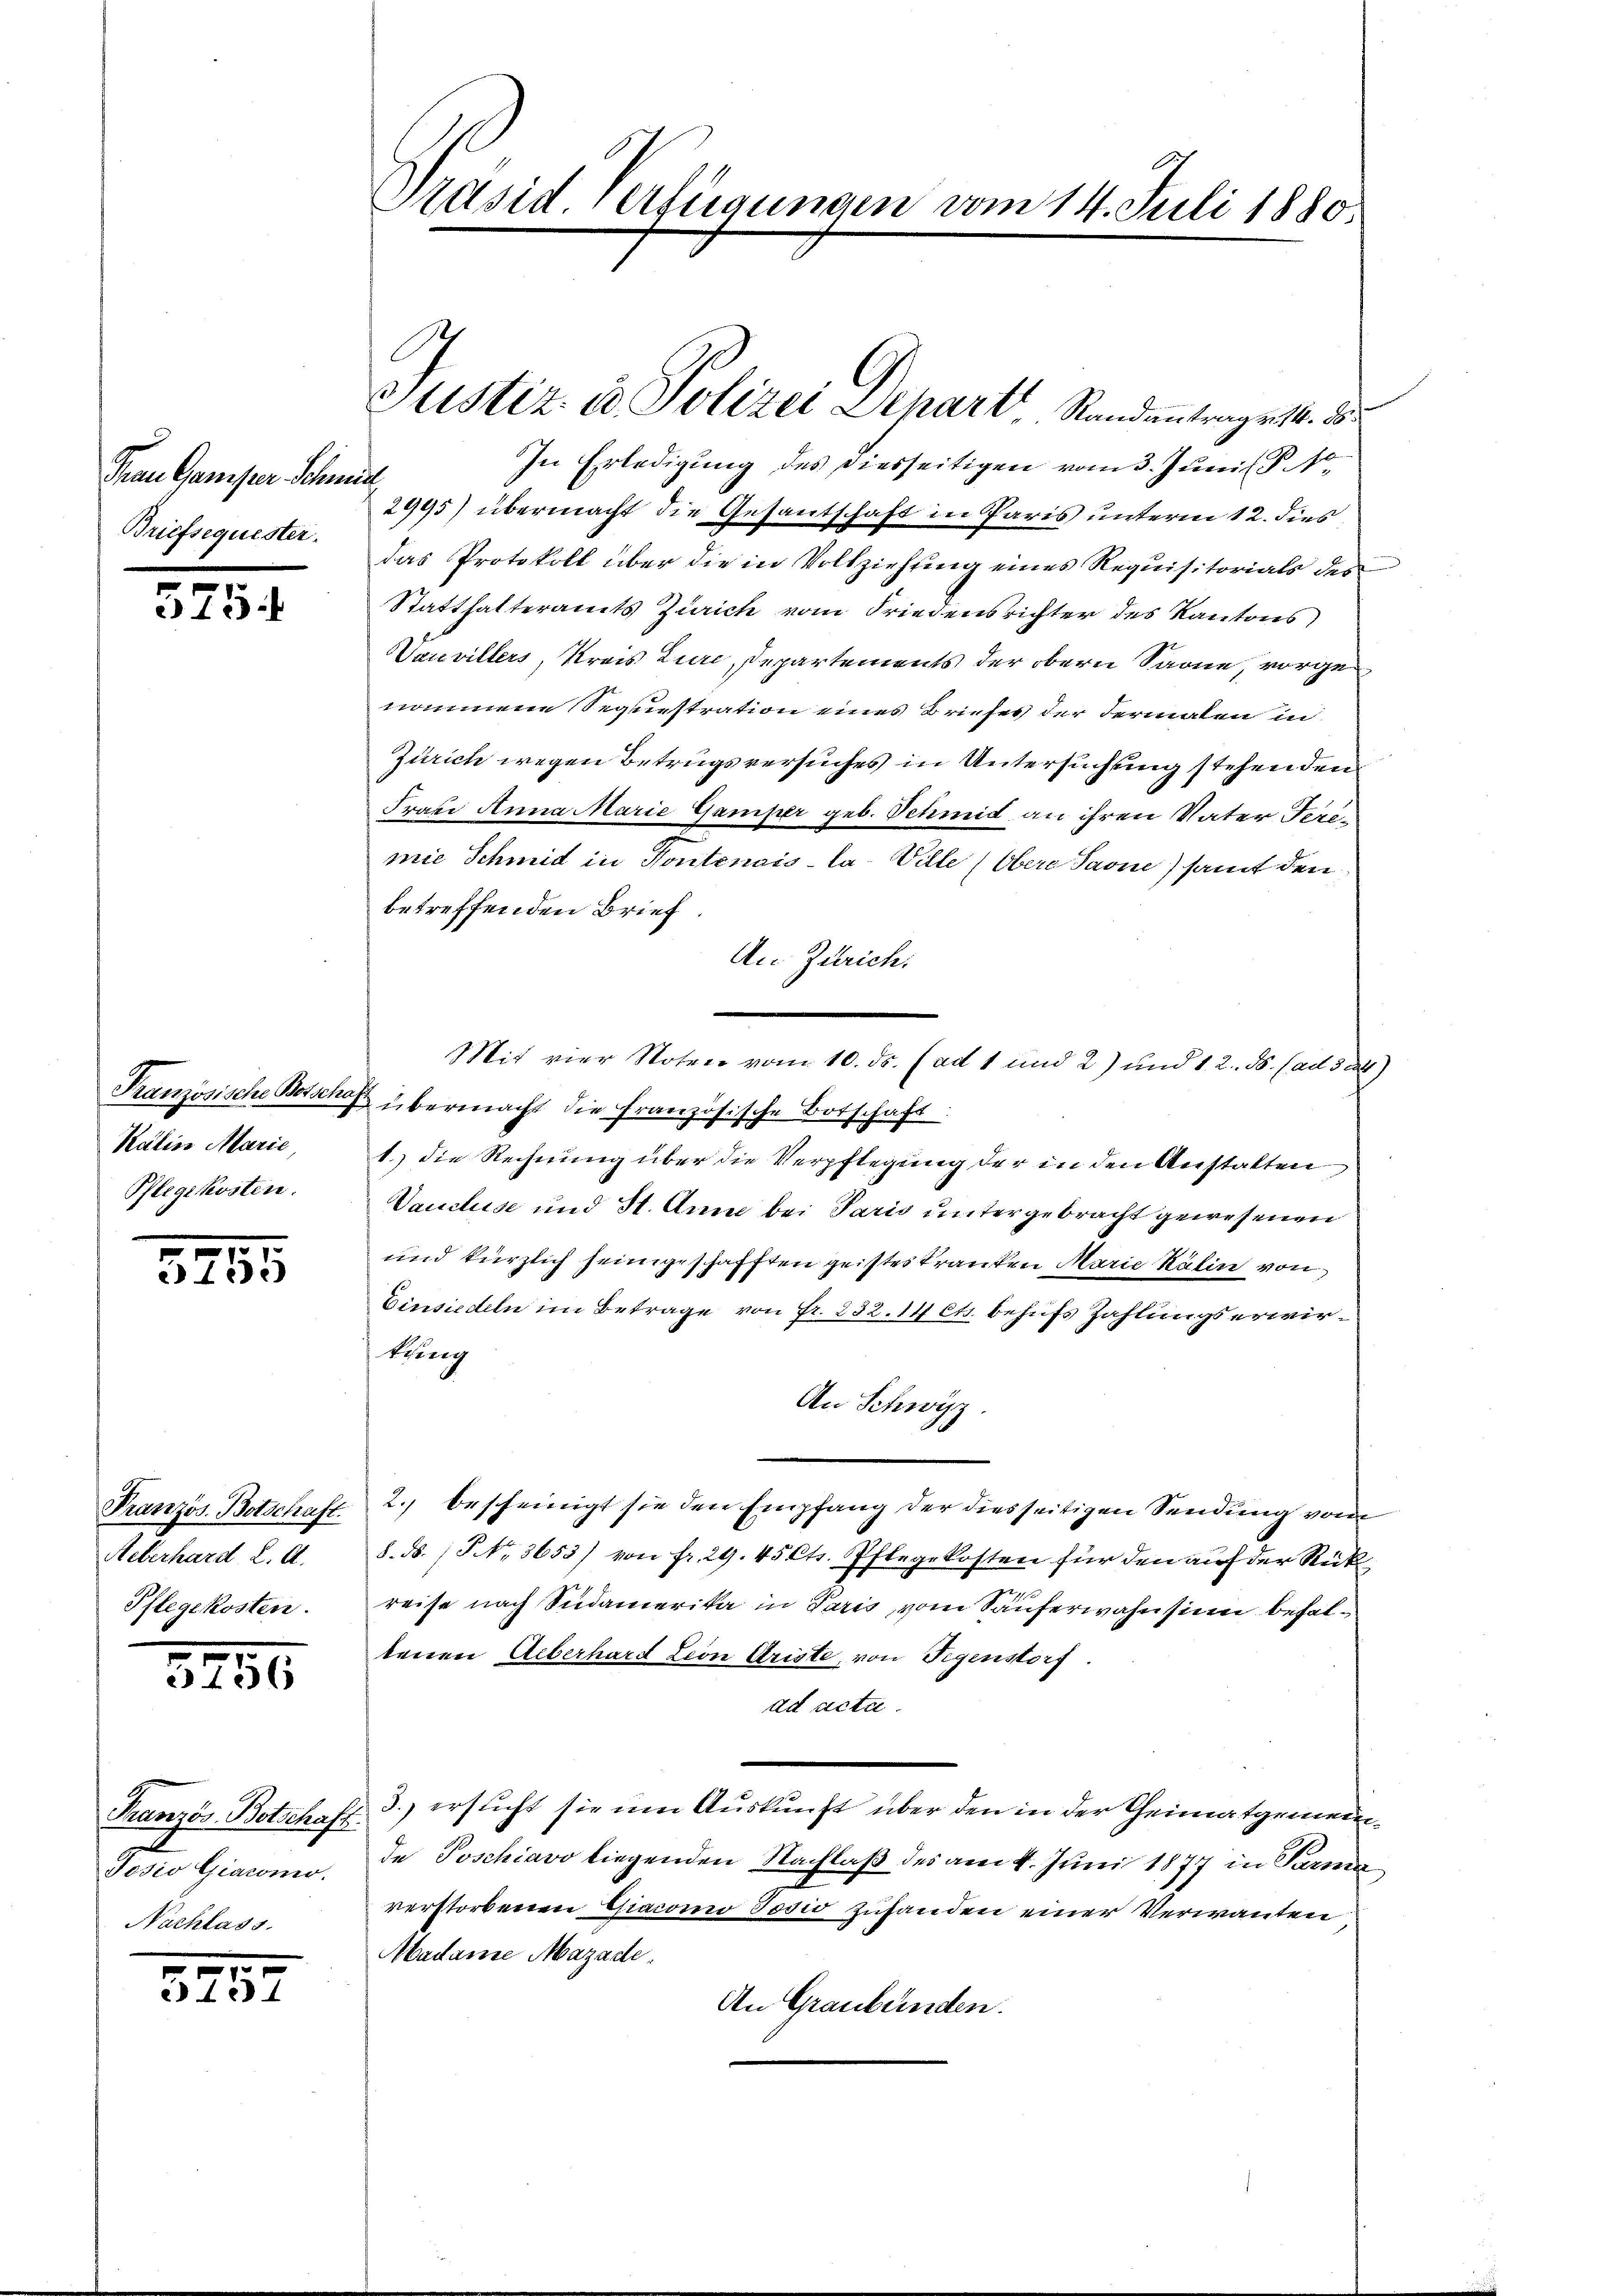
Frau Gamser Schmid
Briefsequester.

575

Katin Marie
Pflegekosten.

5215

Französ. Botschaft.
Aeberhard L. A.
Pflegekosten.

5756

Französ. Botschaft.
Josio Giacomo.
Nachlass.

5257

Präsid verfügungen vom 14. Juli 1880

Justiz in Polizei Depart Standantenges. de
In Erledigung des Diesseitigen vom 3. Juni l. P. Nr.
2995) übermacht die Gesantschaft in Paris unterm 12. dies
das Protokoll über die in Vollziehŭng eines Requisitorials des
Statthalteramts Zürich vom Friedensrichter des Kantons
Vauvillers, Kreis Lure, Departements der obern Sarne, vorgenommene Sequestration eines Briefes der Fermalen in
Zürich wegen Betrugsversuches in Untersuchung stehenden
Praxi Anna Marie Gamper geb. Schmid an ihren Vater Teremie Schmid in Kontenais-la- Ville (Obere Savue) samt den
betreffenden Brief.
An Zürich.
Mit vier Noten vom 10. ds. (ad 1 und 2) und 12. ds. (ad 32)
Französische Betschaft übermacht die französische Botschaft
1.) die Rechnung über die Verpflegung der in den Anstalten
Vaucluse und St. Anna bei Paris untergebracht gewesenen
und kürzlich seinigeschafften geistes tranken Marie Kälin von
Einsiedeln im Betrage von Fr. 232. 14 cts. behufs Zahlungserwirtring
An Schwyz.
2. bescheinigt sie den Empfang der diesseitigen Sendung vom
8. ds. (S. 3653) von Fr. 29. 45 Cts. Pflegekosten für den auf der Rück
reise nach Südamerika in Paris vom Sauferwahnsinn behaltenen Ueberhard Lion Ariste, von Segenstorf.
ad acta.
3.) ersucht sie um Auskunft über den in der Theimatgemeinde Poschiavo liegenden Nachlaß des am 4. Juni 1877 in Parma
verstorbenen Giacomo Josio zuhanden einer Verwandten
Madame Mazade.
An Graubünden.